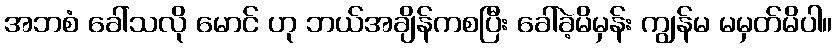
အဘစံ ခေါ်သလို မောင် ဟု ဘယ်အချိန်ကစပြီး ခေါ်ခဲ့မိမှန်း ကျွန်မ မမှတ်မိပါ။